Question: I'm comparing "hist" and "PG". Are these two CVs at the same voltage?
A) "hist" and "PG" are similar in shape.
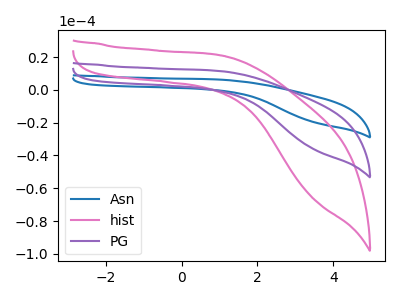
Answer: <think>The blue curve "Asn" has no peaks. The pink curve "hist" has no peaks. The purple curve "PG" has no peaks.
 Neither "hist" or "PG" have any peaks.</think>
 <answer>A) "hist" and "PG" are similar in shape.</answer>
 <eval>A</eval>